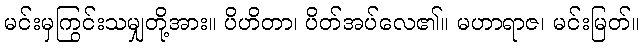
မင်းမှကြွင်းသမျှတို့အား။ ပိဟိတာ၊ ပိတ်အပ်လေ၏။ မဟာရာဇ၊ မင်းမြတ်။